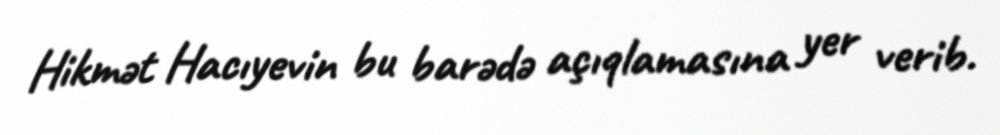
Hikmət Hacıyevin bu barədə açıqlamasına yer verib.